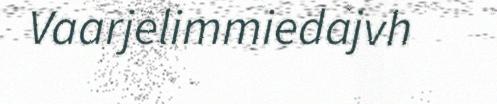
Vaarjelimmiedajvh